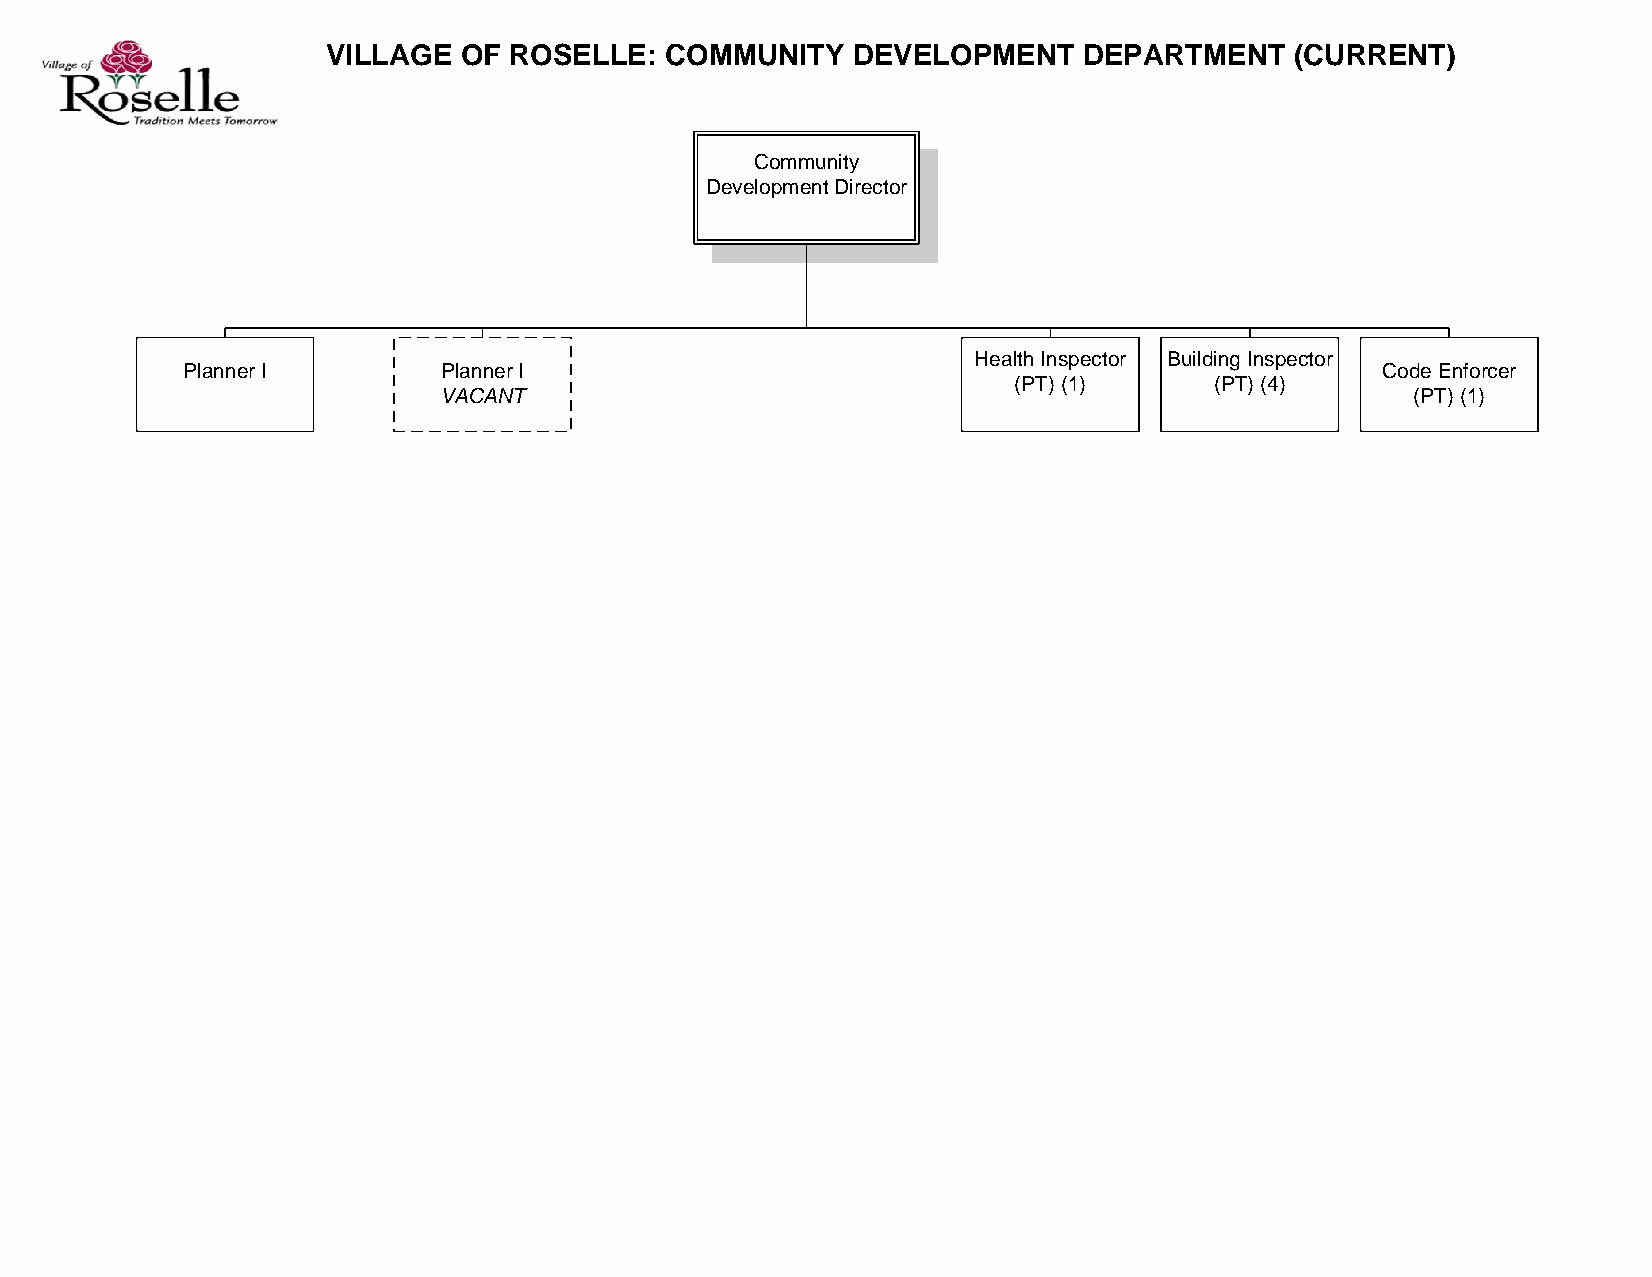
VILLAGE OF  ROSELLE:  COMMUNITY   DEVELOPMENT     DEPARTMENT    (CURRENT)
 Community
 Development Director
 Health Inspector Building Inspector
 Planner I        Planner I                                                     Code Enforcer
 (PT) (1)     (PT) (4)
 VACANT                                                           (PT) (1)